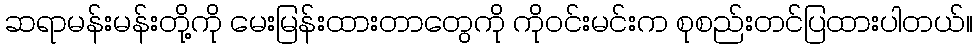
ဆရာမန်းမန်းတို့ကို မေးမြန်းထားတာတွေကို ကိုဝင်းမင်းက စုစည်းတင်ပြထားပါတယ်။